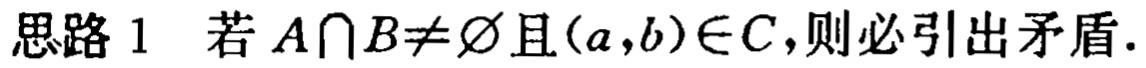
思路 1 若 \(A\cap B\neq\varnothing\)且\((a,b)\in C\)，则必引出矛盾.